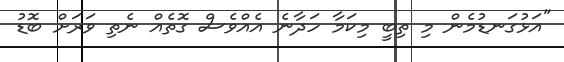
"އަޅުގަނޑުމެން މި ތިބީ މިކަމާ ހަދާނެ އެއްވެސް ގޮތެއް ނެތި ވަރަށް ބޮޑު